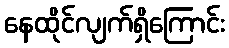
နေထိုင်လျက်ရှိကြောင်း